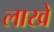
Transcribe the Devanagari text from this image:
लाखें